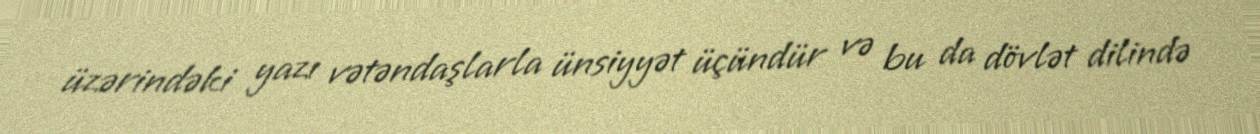
üzərindəki yazı vətəndaşlarla ünsiyyət üçündür və bu da dövlət dilində